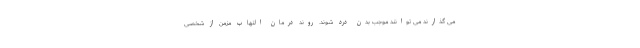
می گذارند می توانند موجب بدن درد شوند. روند درمان التهاب مزمن از شخصی